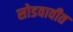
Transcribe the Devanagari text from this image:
सोडवावीत